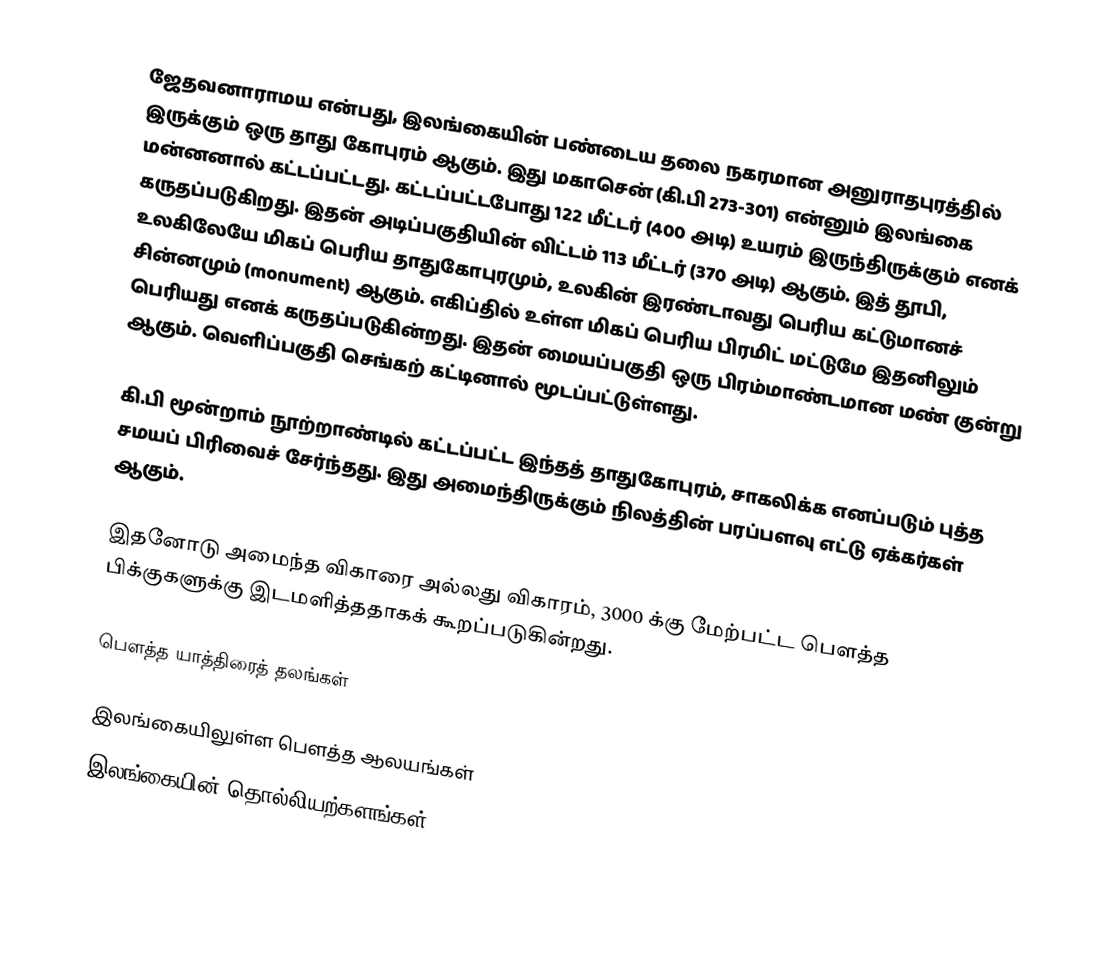
ஜேதவனாராமய என்பது, இலங்கையின் பண்டைய தலை நகரமான அனுராதபுரத்தில் இருக்கும் ஒரு தாது கோபுரம் ஆகும். இது மகாசென் (கி.பி 273-301) என்னும் இலங்கை மன்னனால் கட்டப்பட்டது. கட்டப்பட்டபோது 122 மீட்டர் (400 அடி) உயரம் இருந்திருக்கும் எனக் கருதப்படுகிறது. இதன் அடிப்பகுதியின் விட்டம் 113 மீட்டர் (370 அடி) ஆகும்.  இத் தூபி, உலகிலேயே மிகப் பெரிய தாதுகோபுரமும், உலகின் இரண்டாவது பெரிய கட்டுமானச் சின்னமும் (monument) ஆகும். எகிப்தில் உள்ள மிகப் பெரிய பிரமிட் மட்டுமே இதனிலும் பெரியது எனக் கருதப்படுகின்றது. இதன் மையப்பகுதி ஒரு பிரம்மாண்டமான மண் குன்று ஆகும். வெளிப்பகுதி செங்கற் கட்டினால் மூடப்பட்டுள்ளது.

கி.பி மூன்றாம் நூற்றாண்டில் கட்டப்பட்ட இந்தத் தாதுகோபுரம், சாகலிக்க எனப்படும் புத்த சமயப் பிரிவைச் சேர்ந்தது. இது அமைந்திருக்கும் நிலத்தின் பரப்பளவு எட்டு ஏக்கர்கள் ஆகும்.

இதனோடு அமைந்த விகாரை அல்லது விகாரம், 3000 க்கு மேற்பட்ட பௌத்த பிக்குகளுக்கு இடமளித்ததாகக் கூறப்படுகின்றது.

பௌத்த யாத்திரைத் தலங்கள்

இலங்கையிலுள்ள பௌத்த ஆலயங்கள்
இலங்கையின் தொல்லியற்களங்கள்